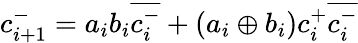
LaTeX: c_{i+1}^{-}=a_{i}b_{i}{\overline{{c_{i}^{-}}}}+(a_{i}\oplus b_{i})c_{i}^{+}{\overline{{c_{i}^{-}}}}